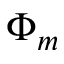
\Phi _ { m }